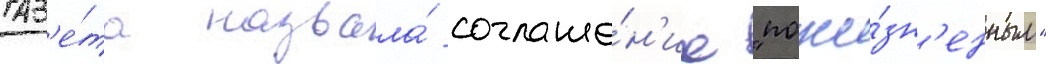
Газ'е́та назвала́ соглаше́н'ие "пожи́зн'енным"